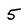
Character: 5